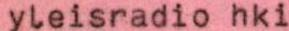
yleisradio hki